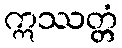
ဣဿတ္တံ